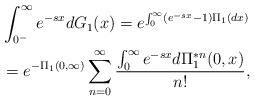
LaTeX: \begin{align*}&\int_{0^-}^{\infty} e^{-s x}dG_1(x)=e^{\int_{0}^{\infty}(e^{-s x}-1) \Pi_1(dx)}\\&=e^{-\Pi_1(0,\infty)}\sum_{n=0}^{\infty}\frac{\int_{0}^{\infty}e^{-sx}d\Pi_1^{*n}(0,x)}{n!},\end{align*}